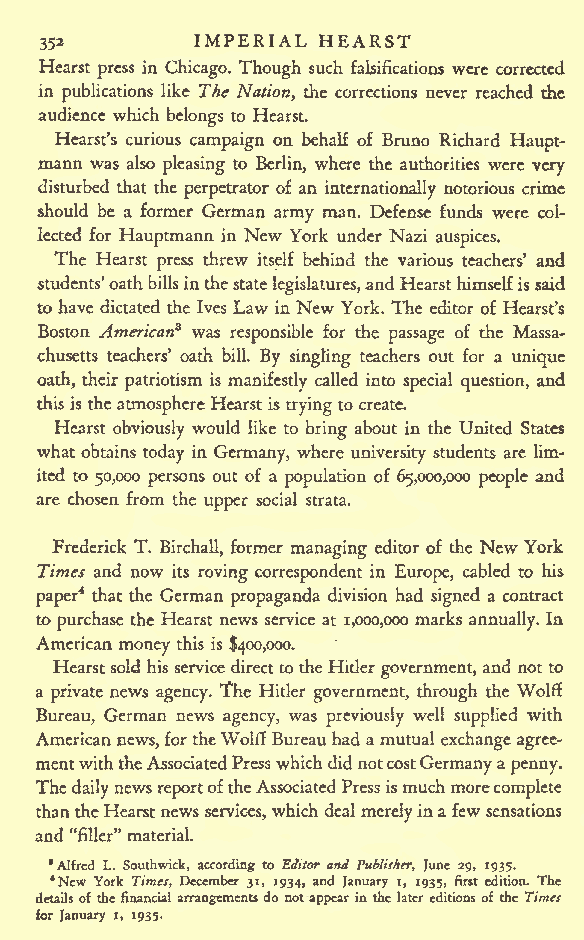
IMPERIAL HEARST
 35*
 Hearst press in Chicago. Though such falsifications were corrected
 in publications like The Nation, the corrections never reached the
 audience which belongs to Hearst.
 Hearst's curious campaign on behalf of Bruno Richard Haupt-
 mann was also pleasing to Berlin, where the authorities were very
 disturbed that the perpetrator of an internationally notorious crime
 should be a former German army man. Defense funds were col-
 lected for Hauptmann in New York under Nazi auspices.
 The Hearst press threw itself behind the various teachers' and
 students'oathbillsinthestatelegislatures,and Hearsthimselfissaid
 tohave dictated the Ives Law in New York. The editor of Hearst's
 Boston American* was responsible for the passage of the Massa-
 chusetts teachers' oath bill. By singling teachers out for a unique
 oath, their patriotism is manifestly called into special question, and
 this is the atmosphereHearstis trying to create.
 Hearst obviously would like to bring about in the United States
 what obtains today in Germany, where university students are lim-
 ited to 50,000 persons out of a population of 65,000,000 people and
 are chosen from the upper social strata.
 Frederick T. Birchall, former managing editor of the New York
 Times and now its roving correspondent in Europe, cabled to his
 paper4 that the German propaganda division had signed a contract
 topurchase the Hearst news service at 1,000,000 marks annually. In
 American money this is $400,000.
 Hearstsold his servicedirectto theHitler government, and not to
 a private news agency. The Hitler government, through the Wolff
 Bureau, German news agency, was previously well supplied with
 American news,fortheWolffBureauhad amutual exchangeagree-
 mentwiththeAssociatedPresswhichdidnotcostGermanya
 penny.
 The dailynews reportoftheAssociatedPressismuchmore complete
 thantheHearst news services, which deal merelyina few sensations
 and "filler" material.
 'Alfred L. Southwick, according to Editor and Publisher, June 29, 1935.
 *New York Times, December 31, 1934, and January i, 1935, first edition. The
 details ofthefinancial arrangements do notappear in the later editions of the Times
 for January i, 1935.